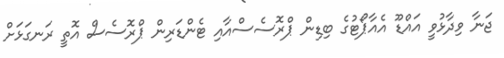
ޖަނާ ވިދާޅުވީ އައްޑޫ އެއާޕޯޓުގެ ބިޑިން ޕްރޮސެސްއާއި ޓެންޑަރިން ޕްރޮސެސް އޮތީ ރަނގަޅަށް